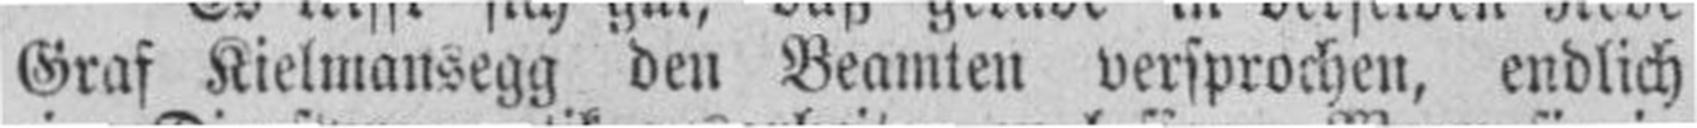
Graf Kielmansegg den Beamten versprochen, endlich